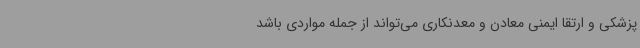
پزشکی و ارتقا ایمنی معادن و معدنکاری می‌تواند از جمله مواردی باشد